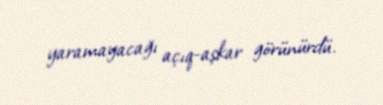
yaramayacağı açıq-aşkar görünürdü.